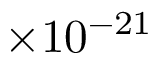
\times 1 0 ^ { - 2 1 }